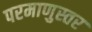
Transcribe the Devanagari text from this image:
परमाणुस्तर